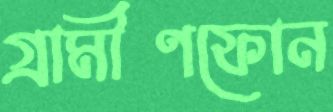
গ্রামীণফোন